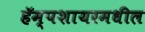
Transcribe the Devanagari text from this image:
हॅम्पशायरमधील